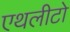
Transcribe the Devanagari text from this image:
एथलीटो